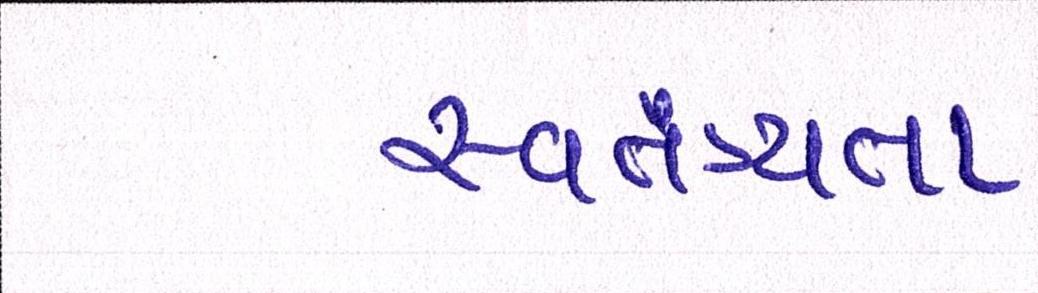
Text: સ્વતંત્ર્યતા